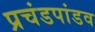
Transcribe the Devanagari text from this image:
प्रचंडपांडव